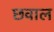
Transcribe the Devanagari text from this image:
छवाल